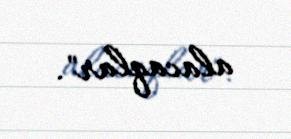
alacaqlar".